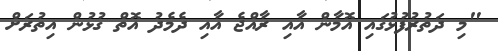
"މި ދަތުރުފުޅުގައި އޮމާން އާއި ރާއްޖެ އާއި ދެމެދު އޮތް ގުޅުން އިތުރަށް